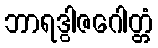
ဘာရဒွါဇဂေါတ္တံ